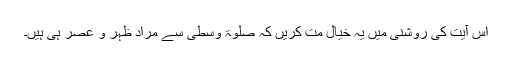
اس آیت کی روشنی میں یہ خیال مت کریں کہ صلٰوۃ وسطی سے مراد ظہر و عصر ہی ہیں۔